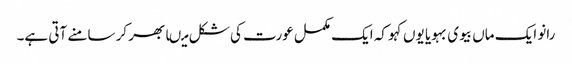
رانو ایک ماں بیوی بہویا یوں کہو کہ ایک مکمل عورت کی شکل میںابھر کر سامنے آتی ہے۔